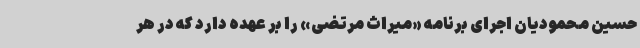
حسین محمودیان اجرای برنامه «میراث مرتضی» را بر عهده دارد که در هر